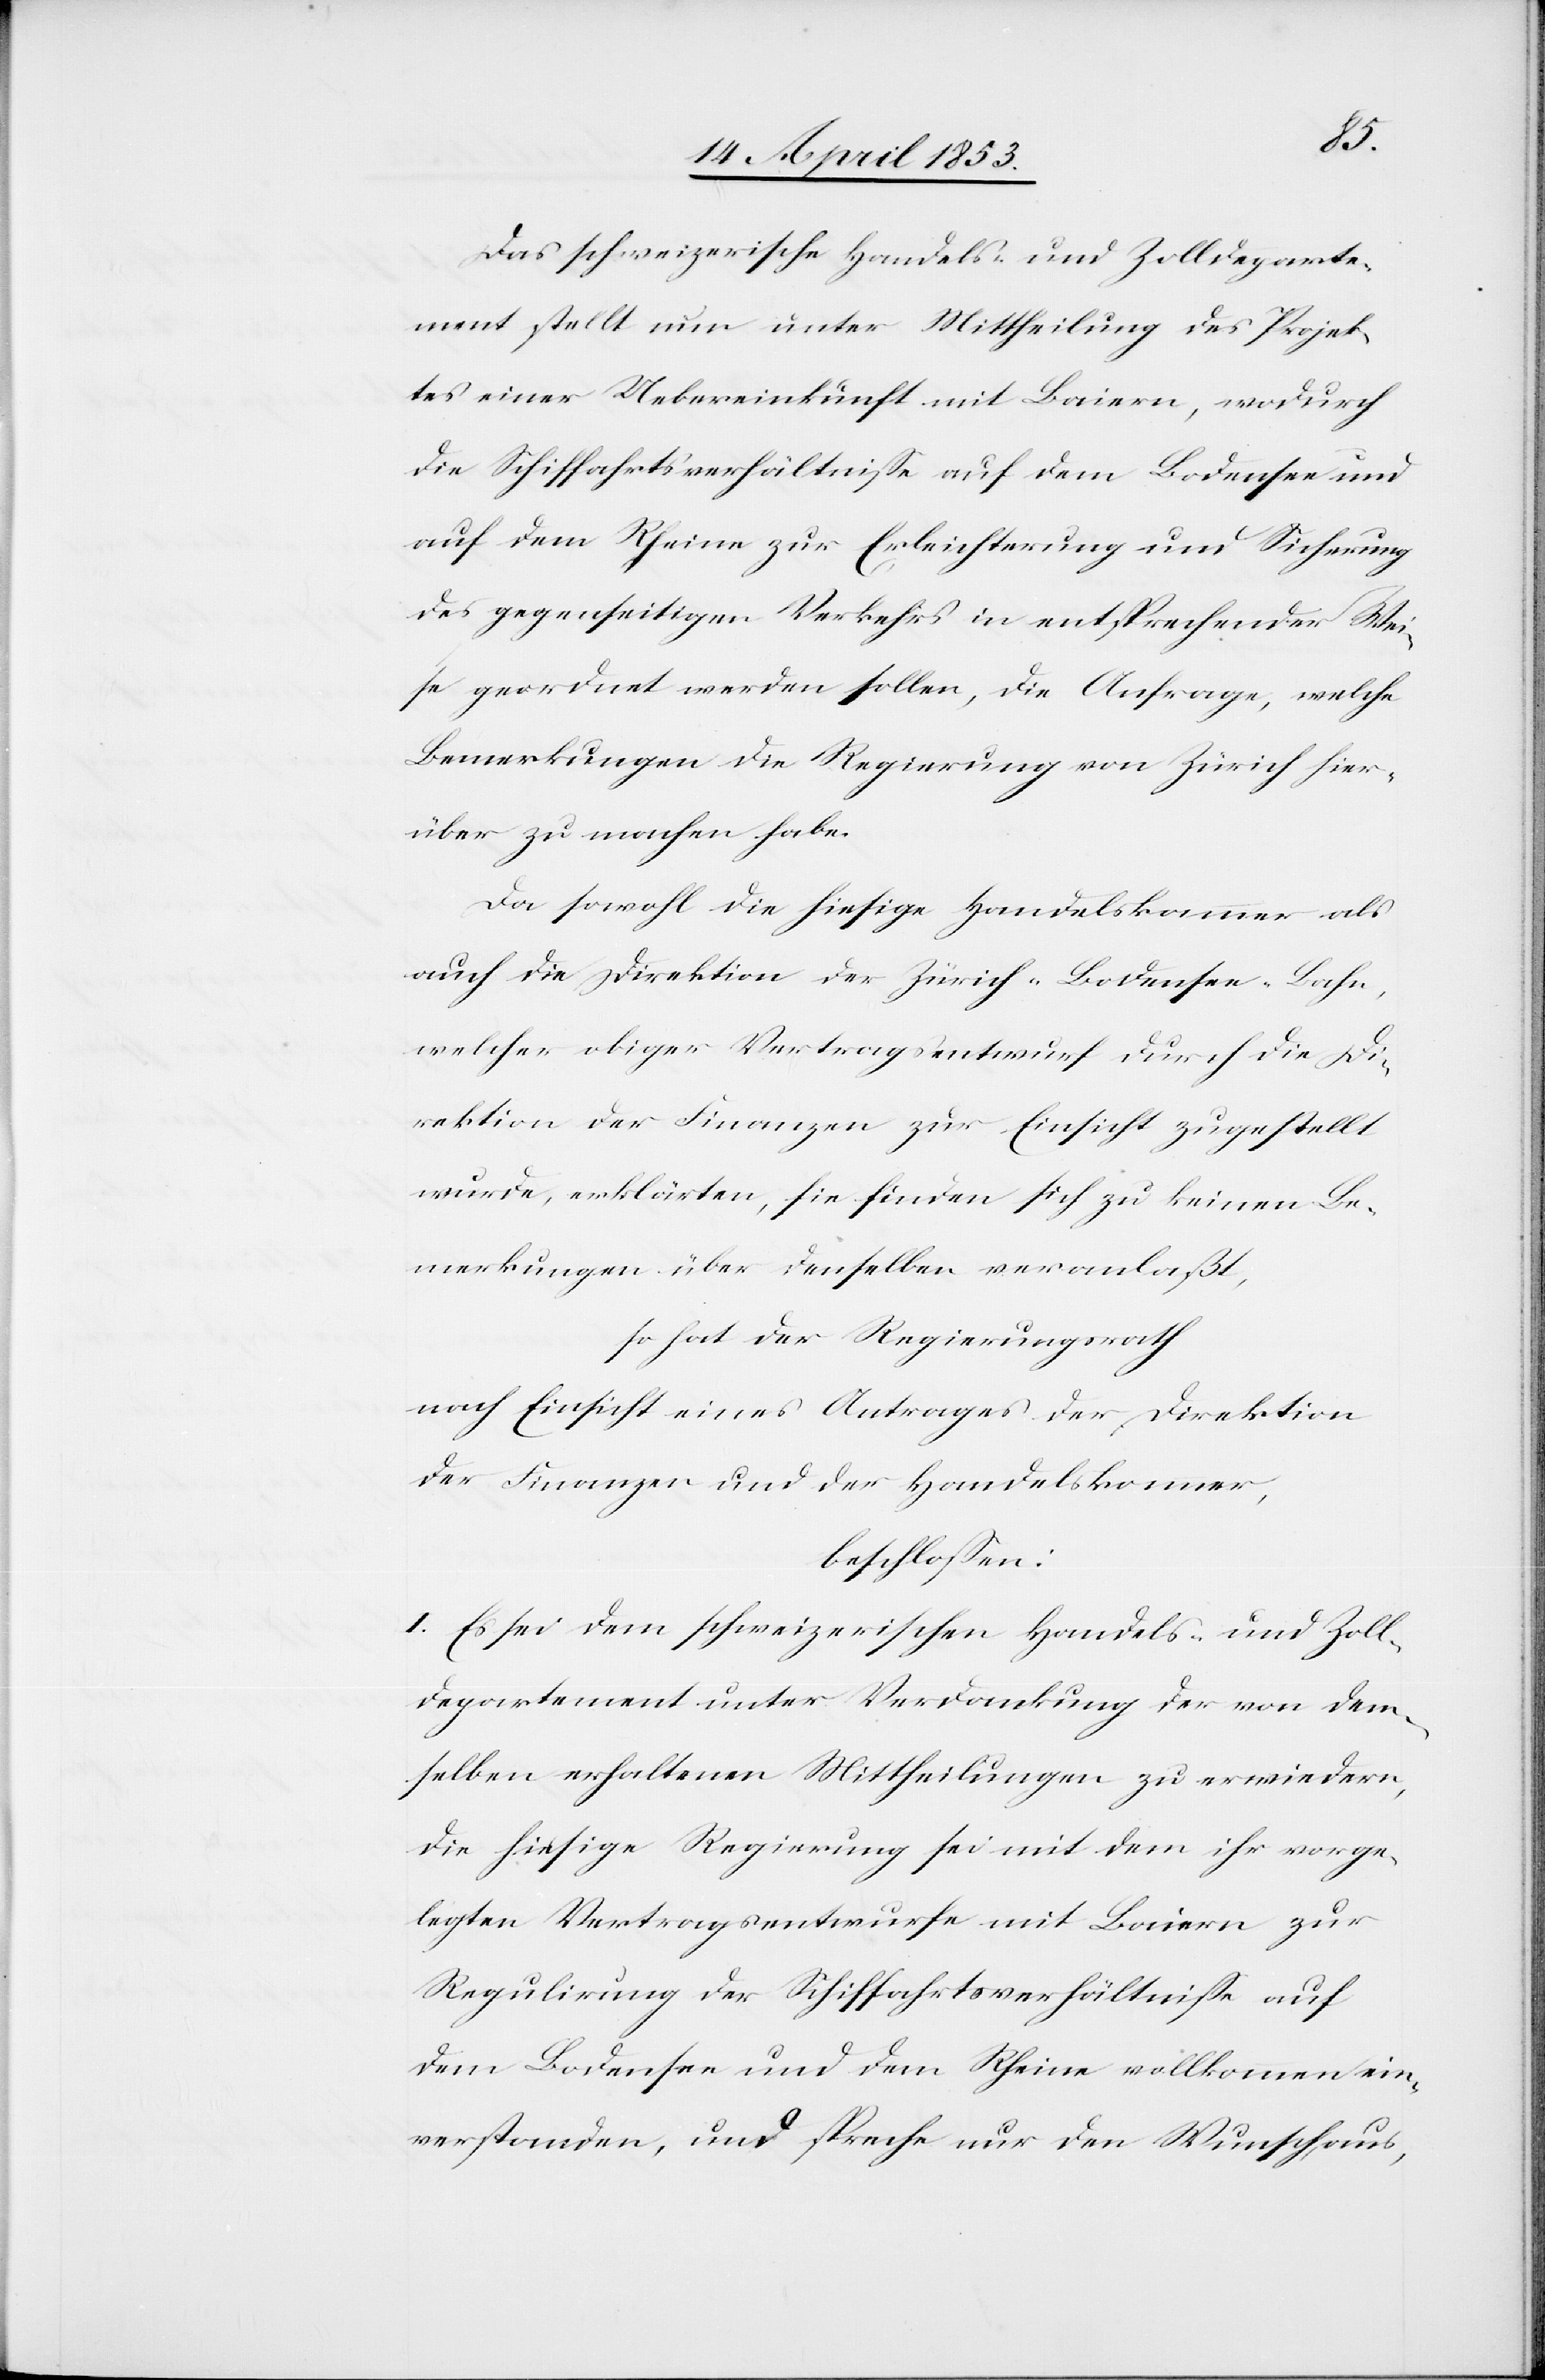
der
Das schweizerische Handels- und Zolldeparte¬
ment stellt nun unter Mittheilung des Projek¬
tes einer Uebereinkunft mit Baiern, wodurch
die Schiffahrtsverhältniße auf dem Bodensee und
auf dem Rheine zur Erleichterung und Sicherung
des gegenseitigen Verkehrs in entsprechender Wei¬
se geordnet werden sollen, die Anfrage, welche
Bemerkungen die Regierung von Zürich hier¬
über zu machen habe.
Da sowohl die hiesige Handelskammer als
auch die Direktion der Zürich-Bodensee-Bahn,
welche obiger Vertragsentwurf durch die Di¬
rektion der Finanzen zur Einsicht zugestellt
wurde, erklären, sie finden sich zu keinen Be¬
merkungen über denselben veranlaßt,
so hat der Regierungsrath
nach Einsicht eines Antrages der Direktion
beschloßen:
I. Es sei dem schweizerischen Handels- und Zoll¬
departement unter Verdankung der von dem¬
selben erhaltenen Mittheilungen zu erwiedern,
die hiesige Regierung sei mit dem ihr vorge¬
legten Vertragsentwurfe mit Baiern zur
Regulirung der Schiffahrtsverhältniße auf
dem Bodensee und dem Rheine vollkommen ein¬
verstanden, und spreche nur den Wunsch, aus,